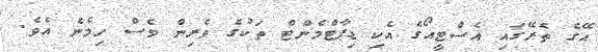
އޭގެ ތެރޭގައި އެސްޓީއޯގެ އެކި ޑިޕާޓްމެންޓް ތަކުގެ ވެރިން ވެސް ހިމެނެ އެވެ.